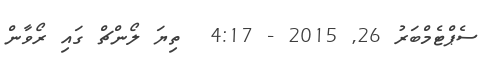
ސެޕްޓެމްބަރު 26